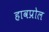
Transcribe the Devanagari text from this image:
हावप्रोल